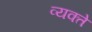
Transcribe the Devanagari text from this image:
व्यक्ते